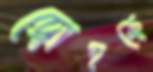
দ্রোহকে